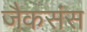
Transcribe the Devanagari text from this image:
जैकसंस